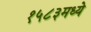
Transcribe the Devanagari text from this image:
१५८३मध्ये